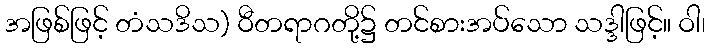
အဖြစ်ဖြင့် တံသဒိသ) ဝီတရာဂတို့၌ တင်စားအပ်သော သဒ္ဒါဖြင့်။ ဝါ၊